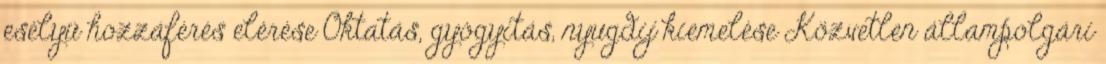
esélyü hozzáférés elérése Oktatás, gyógyitás, nyugdij kiemelése Közvetlen állampolgári